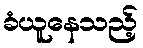
ခံယူနေသည့်